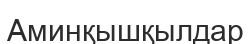
Аминқышқылдар